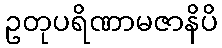
ဥတုပရိဏာမဇာနိပိ